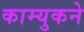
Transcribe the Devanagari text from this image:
काम्युकने